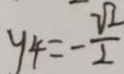
y _ { 4 } = - \frac { \sqrt { 2 } } { 2 }